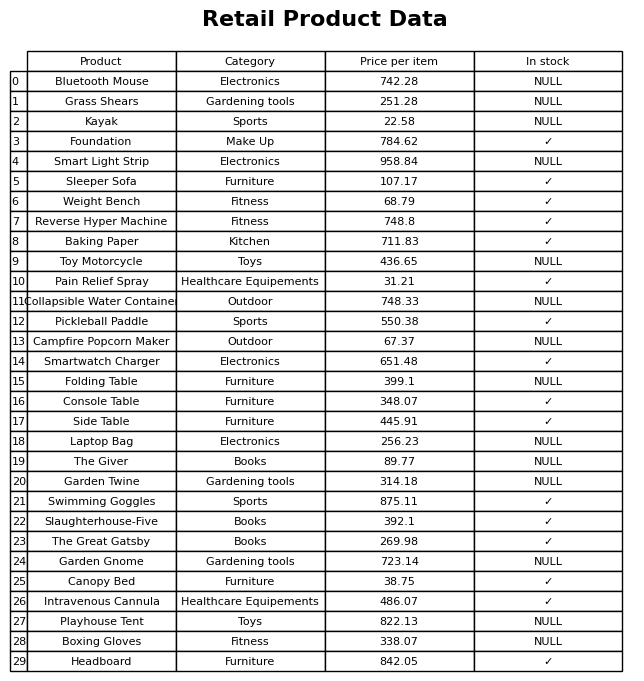
question: What is the stock status of the Canopy Bed?
answer: ✓